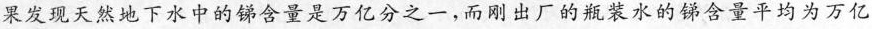
果发现天然地下水中的锑含量是万亿分之一，而刚出厂的瓶装水的锑含量平均为万亿